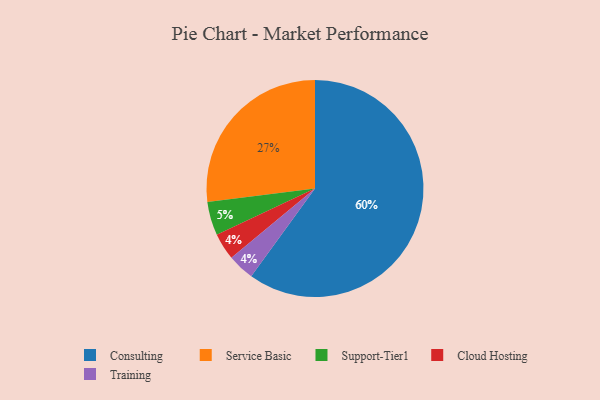
{"axis": {"x": "Category", "y": "Percentage"}, "legend": ["Cloud Hosting", "Consulting", "Service Basic", "Support-Tier1", "Training"], "data": [{"x": "Cloud Hosting", "y": 4, "type": "Cloud Hosting"}, {"x": "Support-Tier1", "y": 5, "type": "Support-Tier1"}, {"x": "Consulting", "y": 60, "type": "Consulting"}, {"x": "Service Basic", "y": 27, "type": "Service Basic"}, {"x": "Training", "y": 4, "type": "Training"}]}